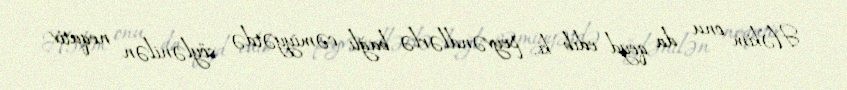
Həkim onu da qeyd edib ki, peyvəndlərlə bağlı cəmiyyətdə söylənilən neqativ